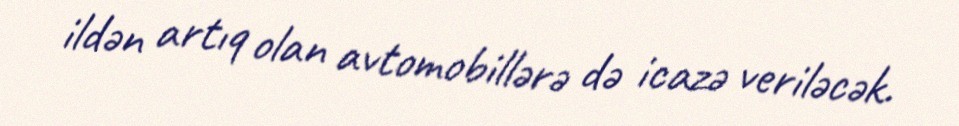
ildən artıq olan avtomobillərə də icazə veriləcək.